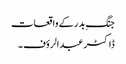
جنگِ بدر کے واقعات
ڈاکٹر عبدالرؤف ۔